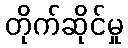
တိုက်ဆိုင်မှု